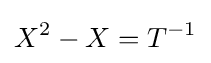
X^{2}-X=T^{-1}